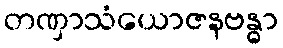
တဏှာသံယောဇနဗန္ဓာ